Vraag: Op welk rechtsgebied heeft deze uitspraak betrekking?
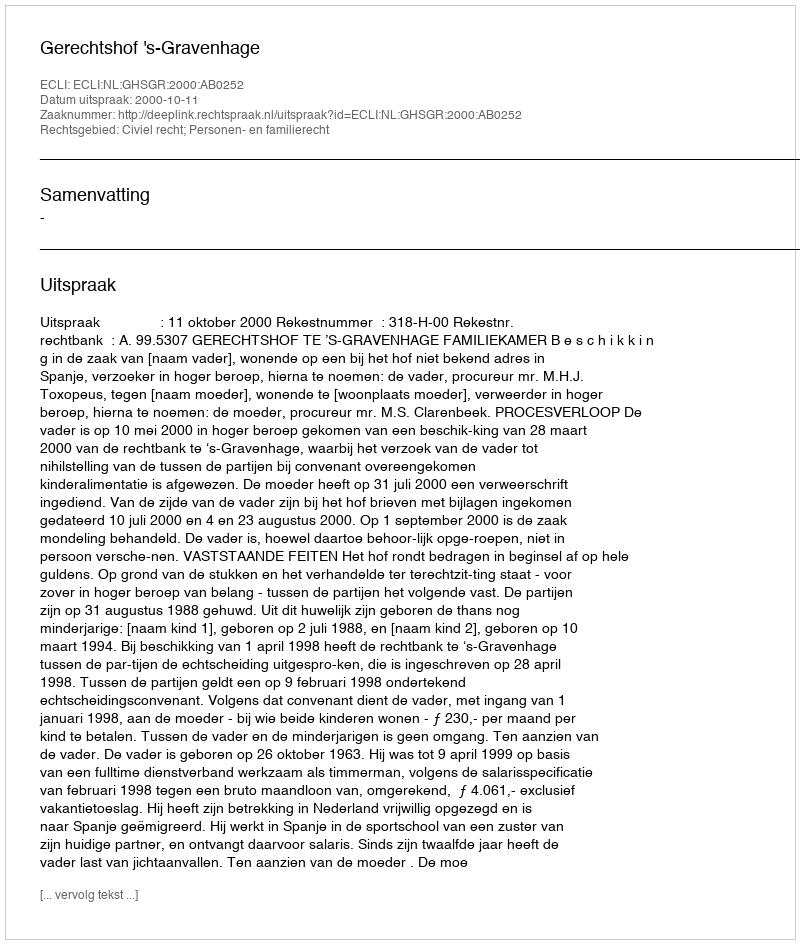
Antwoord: Civiel recht; Personen- en familierecht